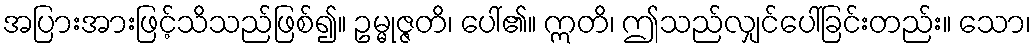
အပြားအားဖြင့်သိသည်ဖြစ်၍။ ဥမ္မုဇ္ဇတိ၊ ပေါ်၏။ ဣတိ၊ ဤသည်လျှင်ပေါ်ခြင်းတည်း။ သော၊